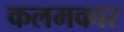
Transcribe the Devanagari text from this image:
कलमकार